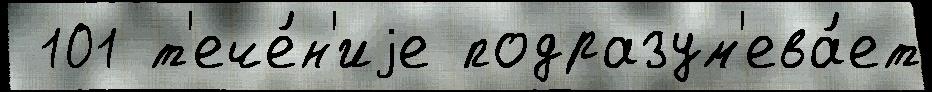
 101 т'ече́н'иjе подразум'ева́ет